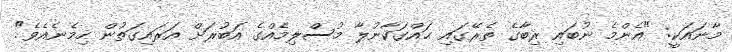
މާނައަކީ: "އެންމެ ނުބައި ރިބާގެ ތެރޭގައި ޙައްގަކާނުލާ މުސްލިމެއްގެ އަބުރަށް އަރައިގަތުން ހިމެނެއެވެ".